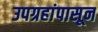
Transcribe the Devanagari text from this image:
उपग्रहांपासून